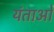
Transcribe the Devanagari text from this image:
यंताओं